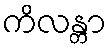
ကိလန္တာ